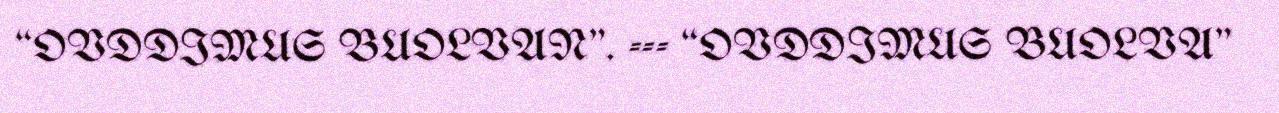
“OVDDIMUS BUOLVAN". --- “OVDDIMUS BUOLVA"